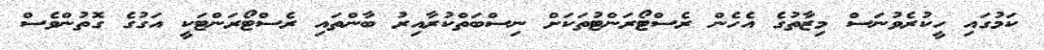
ކަމުގައި ހީކުރެވުނަސް މިޒާތުގެ އެހެން ރެސްޓޯރަންޓުތަކަށް ނިސްބަތްކުރާއިރު ބާންތައި ރެސްޓޯރަންޓަކީ އަގުގެ ގޮތުންވެސް